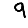
Digit: 9